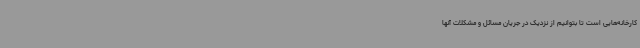
کارخانه‌هایی است تا بتوانیم از نزدیک در جریان مسائل و مشکلات آنها